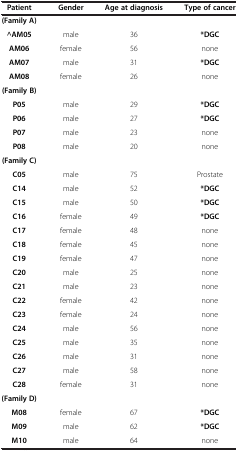
| Patient | Gender | Age at diagnosis | Type of cancer |
 | --- | --- | --- | --- |
 | (Family A) |  |  |  |
 | ^AM05 | male | 36 | *DGC |
 | AM06 | female | 56 | none |
 | AM07 | male | 31 | *DGC |
 | AM08 | female | 26 | none |
 | (Family B) |  |  |  |
 | P05 | male | 29 | *DGC |
 | P06 | male | 27 | *DGC |
 | P07 | male | 23 | none |
 | P08 | male | 20 | none |
 | (Family C) |  |  |  |
 | C05 | male | 75 | Prostate |
 | C14 | male | 52 | *DGC |
 | C15 | male | 50 | *DGC |
 | C16 | female | 49 | *DGC |
 | C17 | female | 48 | none |
 | C18 | female | 45 | none |
 | C19 | female | 47 | none |
 | C20 | male | 25 | none |
 | C21 | male | 23 | none |
 | C22 | female | 42 | none |
 | C23 | female | 24 | none |
 | C24 | male | 56 | none |
 | C25 | male | 35 | none |
 | C26 | male | 31 | none |
 | C27 | male | 58 | none |
 | C28 | female | 31 | none |
 | (Family D) |  |  |  |
 | M08 | female | 67 | *DGC |
 | M09 | male | 62 | *DGC |
 | M10 | male | 64 | none |